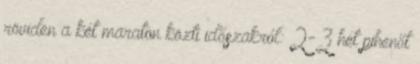
röviden a két maraton közti időszakról: 2-3 hét pihenőt